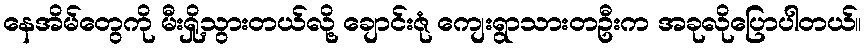
နေအိမ်တွေကို မီးရှို့သွားတယ်လို့ ချောင်းဇုံ ကျေးရွာသားတဦးက အခုလိုပြောပါတယ်။